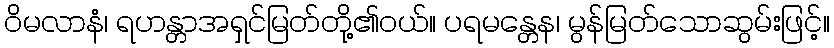
ဝိမလာနံ၊ ရဟန္တာအရှင်မြတ်တို့၏ဝယ်။ ပရမန္တေန၊ မွန်မြတ်သောဆွမ်းဖြင့်။